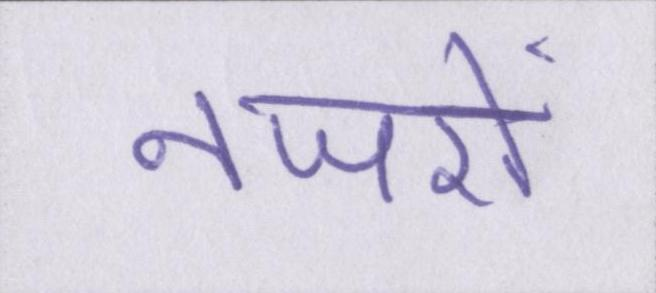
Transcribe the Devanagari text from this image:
नजरों